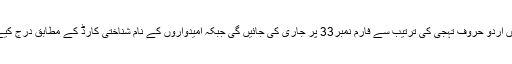
حتمی فہرستیں اردو حروف تہجی کی ترتیب سے فارم نمبر33 پر جاری کی جائیں گی جبکہ امیدواروں کے نام شناختی کارڈ کے مطابق درج کیے جائیں گے۔